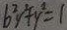
b ^ { 2 } y ^ { 2 } + y ^ { 2 } = 1